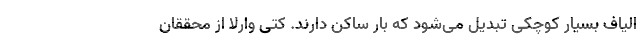
الیاف بسیار کوچکی تبدیل می‌شود که بار ساکن دارند. کتی وارلا از محققان